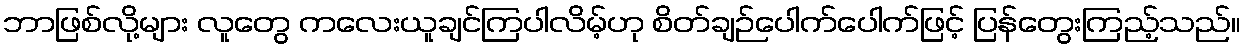
ဘာဖြစ်လို့များ လူတွေ ကလေးယူချင်ကြပါလိမ့်ဟု စိတ်ချဉ်ပေါက်ပေါက်ဖြင့် ပြန်တွေးကြည့်သည်။